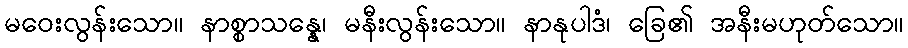
မဝေးလွန်းသော။ နာစ္စာသန္နေ၊ မနီးလွန်းသော။ နာနုပါဒံ၊ ခြေ၏ အနီးမဟုတ်သော။